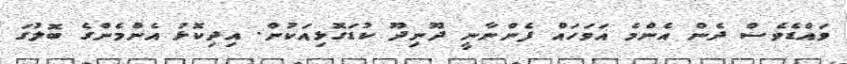
ވައްޑެވެސް ދެން އެންމެ އަވަހައް ފެންނާނީ ދޫނިދޫ ކުޑަގޮޅިއަކުން. އިދިކޮޅު އެންމެންގެ ބޮލުގަ